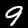
Label: 9